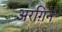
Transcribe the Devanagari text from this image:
अरग़िन